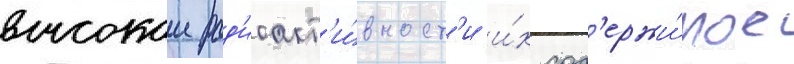
высокои рад'иоакт'и́вност'и и́х сод'ержи́мое